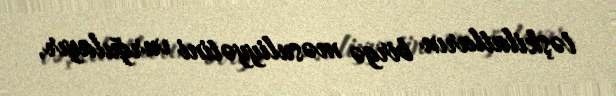
təşkilatların birgə məsuliyyətini vurğulayır.